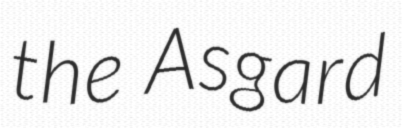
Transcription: the Asgard